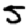
Digit: 5